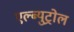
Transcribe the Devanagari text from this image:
एल्ब्युट्रोल